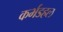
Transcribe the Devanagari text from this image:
कर्भडहल